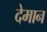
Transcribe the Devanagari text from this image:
देमान